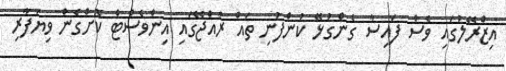
އިޒްރޭލުގައި ވެސް ފައިސާ ގެންގުޅޭ ކުންފުނި ތައް ރާއްޖޭގައި އިންވެސްޓް ކޮށްގެން ވިޔަފާރި